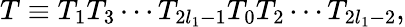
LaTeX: T\equiv T_{1}T_{3}\cdots T_{2l_{1}-1}T_{0}T_{2}\cdots T_{2l_{1}-2},